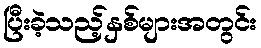
ပြီးခဲ့သည့်နှစ်များအတွင်း